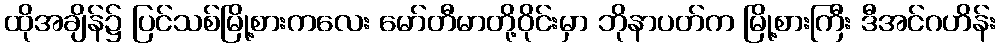
ထိုအချိန်၌ ပြင်သစ်မြို့စားကလေး မော်တီမာတို့ဝိုင်းမှာ ဘိုနာပတ်က မြို့စားကြီး ဒီအင်ဂဟိန်း